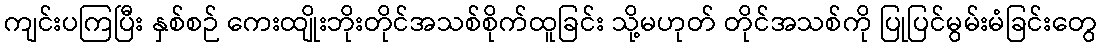
ကျင်းပကြပြီး နှစ်စဉ် ကေးထျိုးဘိုးတိုင်အသစ်စိုက်ထူခြင်း သို့မဟုတ် တိုင်အသစ်ကို ပြုပြင်မွမ်းမံခြင်းတွေ